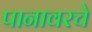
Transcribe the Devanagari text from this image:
पानावरचे